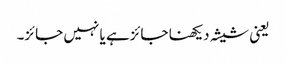
یعنی شیشہ دیکھنا جائزہے یا نہیں جائز۔